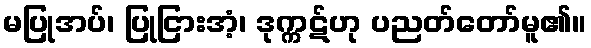
မပြုအပ်၊ ပြုငြားအံ့၊ ဒုက္ကဋ်ဟု ပညတ်တော်မူ၏။